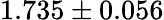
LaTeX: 1.735\pm 0.056